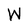
Character: W